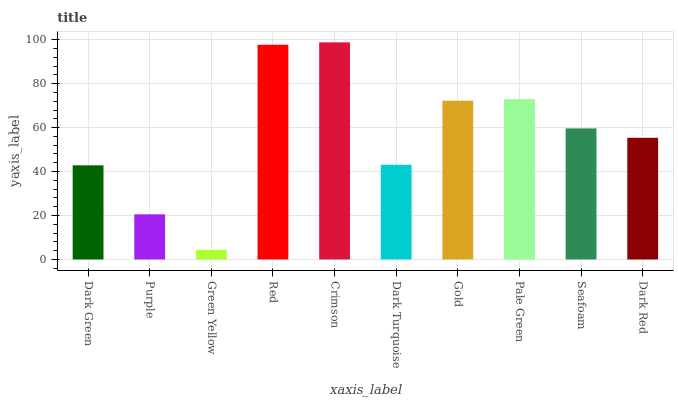
| xaxis_label | bars |
 | --- | --- |
 | Dark Green | 42.8 |
 | Purple | 20.5 |
 | Green Yellow | 4.39 |
 | Red | 97.7 |
 | Crimson | 98.8 |
 | Dark Turquoise | 43.1 |
 | Gold | 72.3 |
 | Pale Green | 73 |
 | Seafoam | 59.6 |
 | Dark Red | 55.4 |